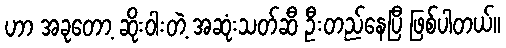
ဟာ အခုတော့ ဆိုးဝါးတဲ့ အဆုံးသတ်ဆီ ဦးတည်နေပြီ ဖြစ်ပါတယ်။